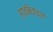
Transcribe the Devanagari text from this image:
हाइब्रिडाइज